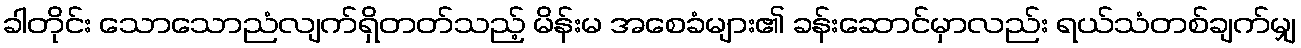
ခါတိုင်း သောသောညံလျက်ရှိတတ်သည့် မိန်းမ အစေခံများ၏ ခန်းဆောင်မှာလည်း ရယ်သံတစ်ချက်မျှ